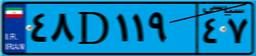
۴۸D۱۱۹۴۷